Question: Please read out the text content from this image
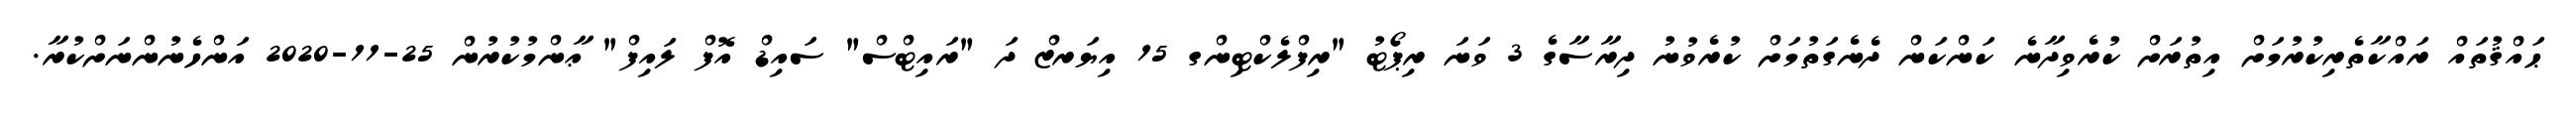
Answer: ޙައްޤުތައް ރައްކާތެރިކުރުމަށް އިތުރަށް ކުރެވިދާނެ ކަންކަން ދެނެގަތުމަށް ކުރެވުނު ދިރާސާގެ 3 ވަނަ ރިޕޯޓު "ރިފްލެކްޓިންގ 15 އިޔަރޒް ދަ "ރައިޓްސް" ސައިޑް އޮފް ލައިފް" ޢާންމުކުރުން 25-11-2020 އަންހެނުންނަށްކުރާ.